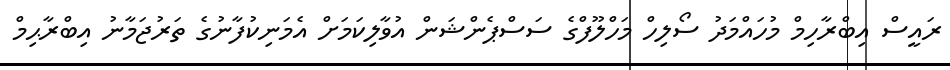
ރައީސް އިބްރާހިމް މުހައްމަދު ސޯލިހް މަހްލޫފްގެ ސަސްޕެންޝަން އުވާލިކަމަށް އެމަނިކުފާނުގެ ތަރުޖަމާނު އިބްރާޙިމް